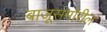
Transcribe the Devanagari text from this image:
बाजूसमोरील